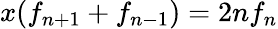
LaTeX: x(f_{n+1}+f_{n-1})=2nf_{n}